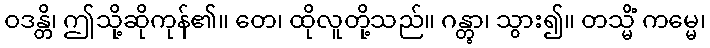
ဝဒန္တိ၊ ဤသို့ဆိုကုန်၏။ တေ၊ ထိုလူတို့သည်။ ဂန္တွာ၊ သွား၍။ တသ္မိံ ကမ္မေ၊